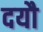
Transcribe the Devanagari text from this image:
दयौ